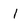
Character: I